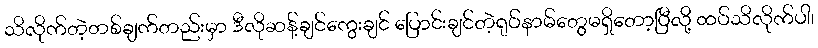
သိလိုက်တဲ့တစ်ချက်တည်းမှာ ဒီလိုဆန့်ချင်ကွေးချင် ပြောင်းချင်တဲ့ရုပ်နာမ်တွေမရှိတော့ပြီလို့ ထပ်သိလိုက်ပါ၊